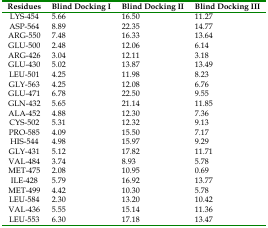
<table><thead><tr><td><b>Residues</b></td><td><b>Blind Docking I</b></td><td><b>Blind Docking II</b></td><td><b>Blind Docking III</b></td></tr></thead><tbody><tr><td>LYS-454</td><td>5.66</td><td>16.5</td><td>11.27</td></tr><tr><td>ASP-564</td><td>8.89</td><td>22.35</td><td>14.77</td></tr><tr><td>ARG-550</td><td>7.48</td><td>16.33</td><td>13.64</td></tr><tr><td>GLU-500</td><td>2.48</td><td>12.06</td><td>6.14</td></tr><tr><td>ARG-426</td><td>3.04</td><td>12.11</td><td>3.18</td></tr><tr><td>GLU-430</td><td>5.02</td><td>13.87</td><td>13.49</td></tr><tr><td>LEU-501</td><td>4.25</td><td>11.98</td><td>8.23</td></tr><tr><td>GLY-563</td><td>4.25</td><td>12.08</td><td>6.76</td></tr><tr><td>GLU-471</td><td>6.78</td><td>22.5</td><td>9.55</td></tr><tr><td>GLN-432</td><td>5.65</td><td>21.14</td><td>11.85</td></tr><tr><td>ALA-452</td><td>4.88</td><td>12.3</td><td>7.36</td></tr><tr><td>CYS-502</td><td>5.31</td><td>12.32</td><td>9.13</td></tr><tr><td>PRO-585</td><td>4.09</td><td>15.5</td><td>7.17</td></tr><tr><td>HIS-544</td><td>4.98</td><td>15.97</td><td>9.29</td></tr><tr><td>GLY-431</td><td>5.12</td><td>17.82</td><td>11.71</td></tr><tr><td>VAL-484</td><td>3.74</td><td>8.93</td><td>5.78</td></tr><tr><td>MET-475</td><td>2.08</td><td>10.95</td><td>0.69</td></tr><tr><td>ILE-428</td><td>5.79</td><td>16.92</td><td>13.77</td></tr><tr><td>MET-499</td><td>4.42</td><td>10.3</td><td>5.78</td></tr><tr><td>LEU-584</td><td>2.3</td><td>13.2</td><td>10.42</td></tr><tr><td>VAL-436</td><td>5.55</td><td>15.14</td><td>11.36</td></tr><tr><td>LEU-553</td><td>6.3</td><td>17.18</td><td>13.47</td></tr></tbody></table>